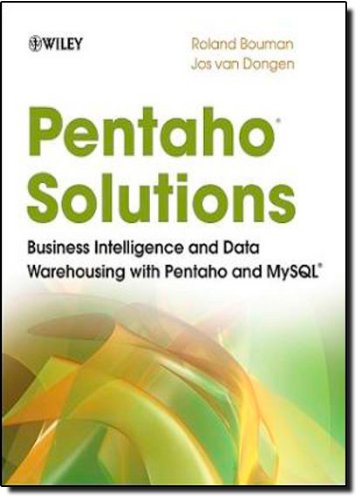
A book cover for Pentaho Solutions: Business Intelligence and Data Warehousing with Pentaho and MySQL; Roland Bouman; Computers & Technology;